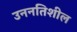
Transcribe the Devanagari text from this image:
उननतिशील